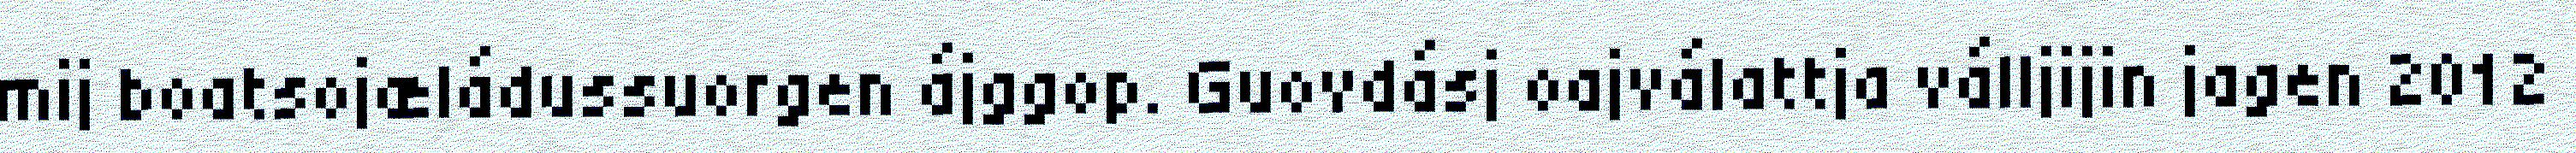
mij boatsojæládussuorgen ájggop. Guovdásj oajválattja válljijin jagen 2012